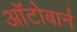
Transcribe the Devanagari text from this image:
ऑटोबार्न